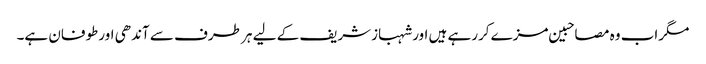
مگراب وہ مصاحبین مزے کررہے ہیں اورشہبازشریف کے لیے ہر طرف سے آندھی اورطوفان ہے۔